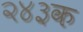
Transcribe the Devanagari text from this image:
२४३क